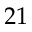
2 1